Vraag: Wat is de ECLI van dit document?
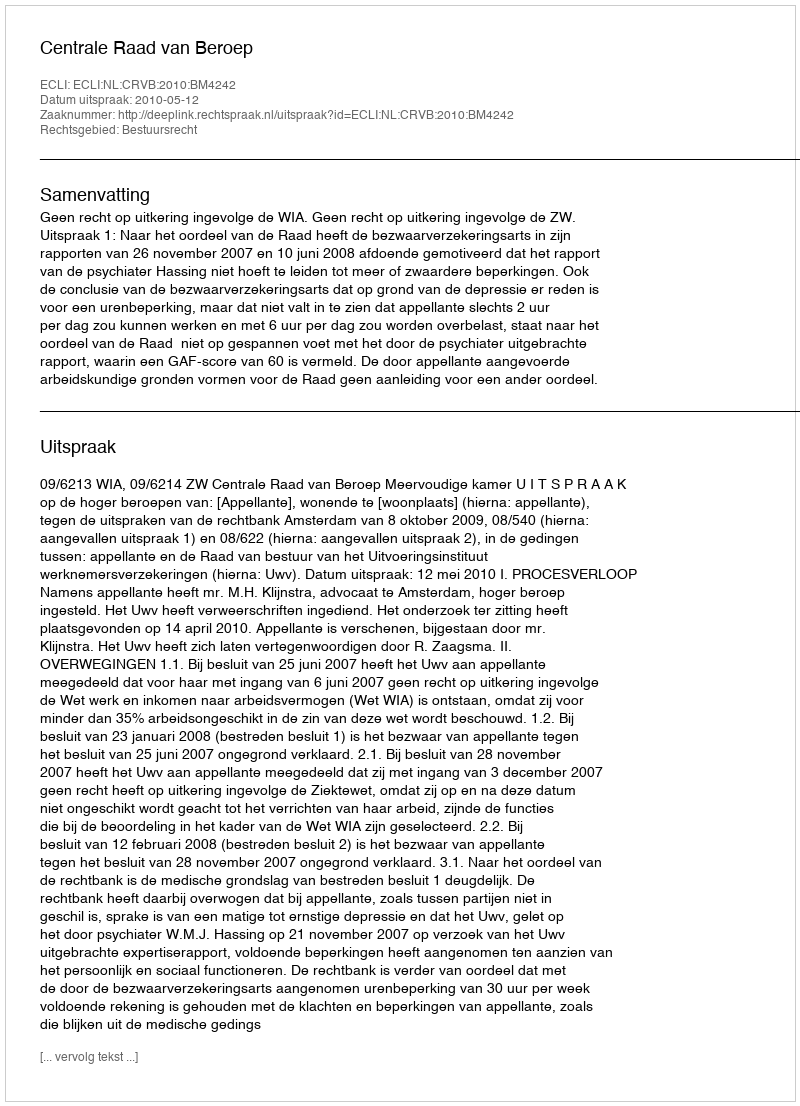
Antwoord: ECLI:NL:CRVB:2010:BM4242